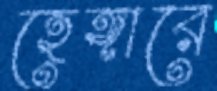
হেঙ্গারে